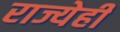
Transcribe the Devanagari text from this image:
राज्येही